Civil Veterinary Department Bengal reports 1923-33 - 1923-1933
Year: 1923
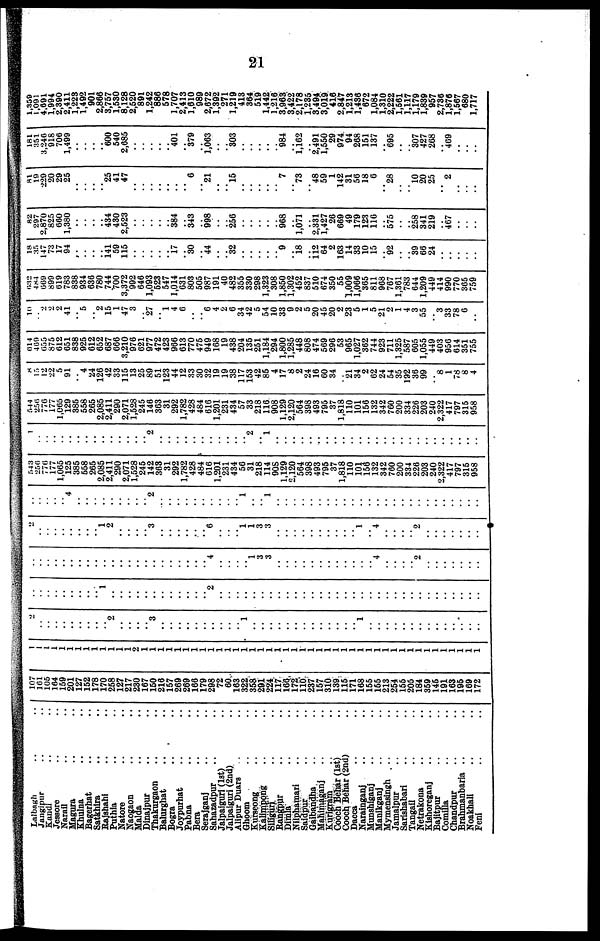
21
Lalbagh .. ..
Jangipur .. ..
Kandi .. ..
Jessore .. ..
Narali .. ..
Magura .. ..
Khulna .. ..
Bagerhat .. ..
Satkhira .. ..
Rajshahi .. ..
Puthla .. ..
Natore
..
..
Naogaon .. ..
Malda .. ..
Dinajpur
..
..
Thakurgaon .. ..
Balurghat .. ..
Bogra .. ..
Joypurhat .. ..
Pabna .. ..
Bera .. ..
Serajganj .. ..
Sahazadpur .. ..
Jalpaiguri (1st) ..
Jalpaiguri (2nd) ..
Alipur Duars .. ..
Ghoom .. ..
Kurseong .. ..
Kalimpong .. ..
Sillguri .. ..
Rangpur .. ..
Dimla .. ..
Nilphamari .. ..
Saldpur .. ..
Gaibandha .. ..
Mahimaganj .. ..
Kurigram .. ..
Cooch Behar (1st) ..
Cooch Behar (2nd) ..
Dacca .. ..
Narajaganj .. ..
Munshiganj .. ..
Manikganj .. ..
Mymensingh .. ..
Jamalpur .. ..
Sarishabari .. ..
Tangail .. ..
Netrakona .. ..
Kishoreganj .. ..
Bajitpur .. ..
Comilia .. ..
Chandpur .. ..
Brahmanbaria .. ..
Noakhali .. ..
Feni .. ..
107
101
105
164
159
201
127
152
178
170
258
127
217
230
167
150
216
157
268
269
166
179
298
72
60
163
322
358
291
224
117
166
172
110
237
157
310
139
115
171
168
155
155
213
254
155
205
184
359
145
191
163
195
169
172
1
1
1
1
1
1
1
1
1 1 1
1
1
2
1
1
1
1
1
1
1
1 1
1
1
1
1
1
1
1
1
1
1
1
1
1
1
1
1
1
1
1
1
1
1
1
1
1
1
1
1
1
1
1
1
2
..
..
..
.. ..
..
..
.. .. 2
..
.. ..
.. 3
..
..
..
..
..
..
.. ..
..
.. 1
..
.. ..
..
..
..
.. ..
..
..
..
..
.. 1
..
..
..
..
..
..
..
.. ..
.. ..
..
..
..
..
..
..
..
..
..
..
..
.. 1
..
.. ..
.. ..
..
.. ..
..
..
..
.. 2
..
..
..
..
..
..
..
..
..
..
..
..
..
..
..
..
..
..
..
..
..
..
..
..
..
..
..
.. ..
..
..
..
..
..
..
..
..
..
.. ..
.. ..
..
..
..
.. ..
..
.. ..
.. ..
..
.. 4
..
..
..
.. 1
3
3
..
..
..
..
..
..
..
..
..
..
..
.. 4
..
..
..
.. 2
..
..
..
..
..
..
..
2
..
..
..
..
..
..
..
.. 1
2
..
..
..
.. 3
..
..
..
..
..
.. 6
..
..
.. 1
1
3
3
..
..
..
..
..
..
..
..
..
.. 1
.. 4
..
..
..
.. 2
..
..
..
..
..
..
..
..
..
..
..
.. 4
..
..
.. ..
..
..
..
..
.. 2
..
..
..
..
..
..
..
..
..
.. 1
..
.. 1
..
..
..
..
..
..
..
..
..
..
..
..
..
..
..
..
..
..
..
..
..
..
..
..
..
543
256
776
177
1,065
125
385
558
265
2,085
2,411
290
2,071
1,528
245
142
363
31
292
1,782
428
484
616
1,201
231
434
50
31
218
114
908
1,129
2,120
564
398
493
795
37
1,818
110
101
156
132
342
760
200
334
226
203
240
2,322
417
797
315
958
1
..
..
..
..
..
..
..
.. ..
..
..
..
..
.. 2
..
..
..
..
..
..
..
..
..
..
.. 2
.. 1
..
.. ..
..
..
..
..
..
..
..
..
..
..
..
..
..
..
..
..
..
..
..
..
..
..
544
256
776
177
1,065
129
385
558
265
2,085
2,411
290
2,071
1,528
245
146
363
31
292
1,782
428
484
616
1,201
231
434
57
33
218
116
908
1,129
2,120
564
398
493
795
37
1,818
110
101
156
132
342
760
200
334
226
203
240
2,322
417
797 315
958
8
15
12
22
5
91
.. 4
24
126
42
33
115
13
25
89
51
123
44
12
33
30
32
19
19
38
117
153
42
85
4
17
8
2
24
16
60
34
.. 21
34
2
62
24
54
35
192
36
99
.. 8 1
78
8
4
614
469
655
875
612
651
838
925
612
652
687
666
3,210
976
621
977
472
423
966
613
770
475
949
168
19
438
204
135
251
1,184
294
1,800
1,285
448
808
474
569
296
53
965
1,027
362
744
923
711
1,325
587
605
1,055
449
403
956
614
351
755
10
.. 2
2
2
41
.. 5
.. 2
15
1
47
3
.. 27
.. 1
4
6
..
.. 6 4
2
6
34
42
5
54
10
33
9
2
5
20
45
20
2
23
5
1
5
21
2
1
4
3
55
.. 3
33
78
6
..
632
484
669
899
619
783
838
934
636
780
744
700
3,372
992
646
1,093
523
547
1,014
631
803
505
987
191
40
482
355
330
298
1,323
308
1,850
1,302
452
837
510
674
350
55
1,009
1,066
365
811
968
767
1,361
783
644
1,209
449
414
990
770
365
759
18
35
147
73
17
94
..
..
.. .. 141
59
115
..
..
..
..
.. 17
.. 30
.. 44
..
.. 32
..
..
..
..
.. 9
.. 18
.. 112 64
2
163
14
33
10
15
.. 92
..
.. 39
66
24
..
..
..
..
..
82
297
2,870
825
660
1,380
..
..
.. .. 434
430
2,523
..
..
..
..
.. 384
.. 343
.. 998
..
.. 256
..
..
..
.. ..
968
.. 1,071
.. 2,331
1,427
26
669
49
179
123
116
.. 575
..
.. 258
341
219
.. 467
..
..
..
81
19
220
20
29
25
..
..
.. ..
25
41
47
..
..
..
..
..
..
..
6
.. 21
..
.. 15
..
..
..
..
..
7
.. 73
.. 48
59
1
142
31
56
18
6
.. 28
..
.. 10
20
25
..
2
..
..
..
181
351
3,240
918
706
1,499
..
..
.. .. 600
540
2,685
..
..
..
..
.. 401
.. 379
.. 1,063
..
.. 303
..
.. ..
..
.. 984
..
1,162
.. 2,491
1,550
29
974
94
268
151
137
.. 695
..
.. 307
427
268
.. 469
..
..
..
1,359
1,091
4,691
1,994
2,390
2,411
1,223
1,492
901
2,866
3,757
1,530
8,128
2,520
891
1,242
886
578
1,707
2,413
1,610
989
2,672
1,392
271
1,219
413
364
519
1,442
1,216
3,963
3,422
2,178
1,285
3,494
3,019
416
2,847
1,213
1,436
672
1,084
1,310
2,222
1,561
1,117
1,179
1,889
957
2,786
1,876
1,567
680
1,717